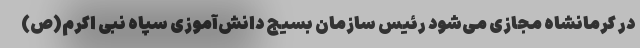
در کرمانشاه مجازی می‌شود رئیس سازمان بسیج دانش‌آموزی سپاه نبی اکرم(ص)